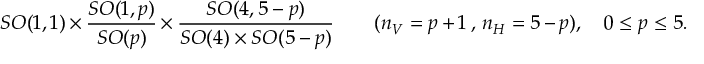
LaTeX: S O ( 1 , 1 ) \times \frac { S O ( 1 , p ) } { S O ( p ) } \times \frac { S O ( 4 , 5 - p ) } { S O ( 4 ) \times S O ( 5 - p ) } \qquad ( n _ { V } = p + 1 \, , \, n _ { H } = 5 - p ) , \quad 0 \leq p \leq 5 .